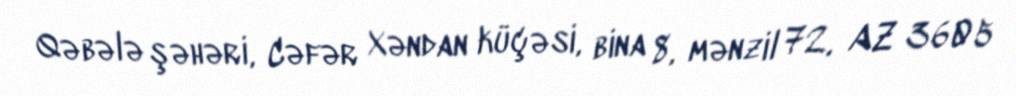
Qəbələ şəhəri, Cəfər Xəndan küçəsi, bina 8, mənzil 72, AZ 3605